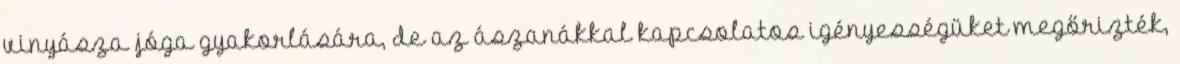
vinyásza jóga gyakorlására, de az ászanákkal kapcsolatos igényességüket megőrizték,